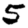
Digit: 5